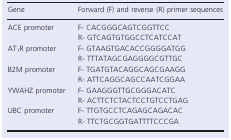
| Gene | Forward (F) and reverse (R) primer sequences |
 | --- | --- |
 | <ROWSPAN=2> ACE promoter | F- CACGGGCAGTCGGTTCC |
 | R- GTCAGTGTGGCCTCATCCAT |
 | <ROWSPAN=2> AT1R promoter | F- GTAAGTGACACCGGGGATGG |
 | R- TTTATAGCGAGGGGCGTTGC |
 | <ROWSPAN=2> B2M promoter | F- TGATGTACAGGCAGCGAAGG |
 | R- ATTCAGGCAGCCAATCGGAA |
 | <ROWSPAN=2> YWAHZ promoter | F- GAAGGGTTGCGGGACATC |
 | R- ACTTCTCTACTCCTGTCCTGAG |
 | <ROWSPAN=2> UBC promoter | F- TTGTGCCTCAGAGCAGACAC |
 | R- TTCTGCGGTGATTTTCCCGA |